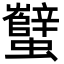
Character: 蠥